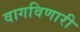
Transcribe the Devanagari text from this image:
वागविणारी